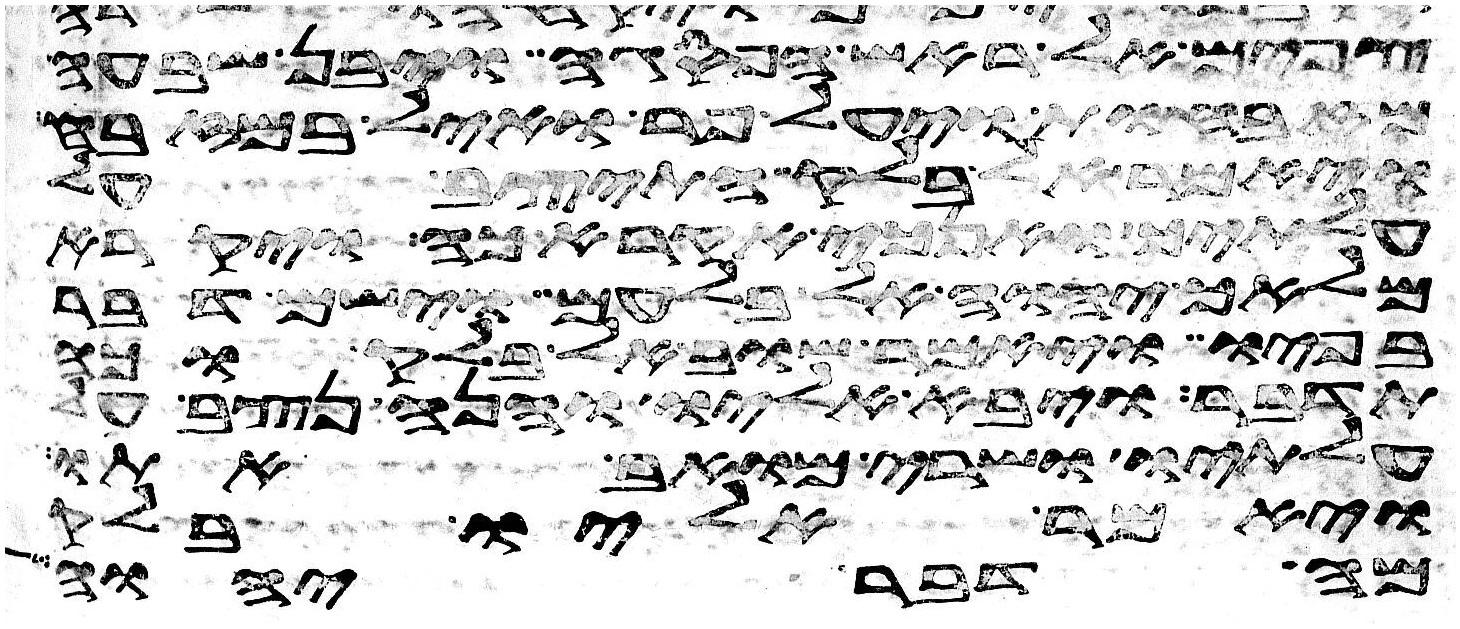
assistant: צפים אל ראש הפסגה ויבן שבעה
מזבחות ויעל פר ואיל במזבח
ויאמר אל בלק התיצב על
עלתיך ואנכי אקרא כה ויקרא
מלאך יהוה אל בלעם וישם דבר
בפיו ויאמר שוב אל בלק וכה
תדבר ויבא אליו והנה נצב על
עלתיו ושרי מואב אתו
ויאמר אליו בלק
מה דבר יהוה